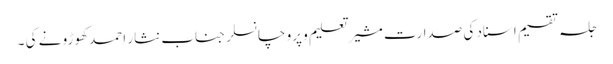
جلسہ تقسیم اسناد کی صدارت مشیر تعلیم و پرو چانسلر جناب نثار احمد کھوڑو نے کی ۔